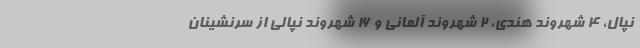
نپال، ۴ شهروند هندی، ۲ شهروند آلمانی و ۱۶ شهروند نپالی از سرنشینان